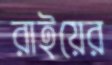
রাইয়ের